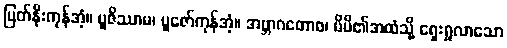
မြတ်နိုးကုန်အံ့။ ပူဇိဿာမ၊ ပူဇော်ကုန်အံ့။ အဗ္ဘာဂတောစ၊ မိမိ၏အထံသို့ ရှေးရှုလာသော